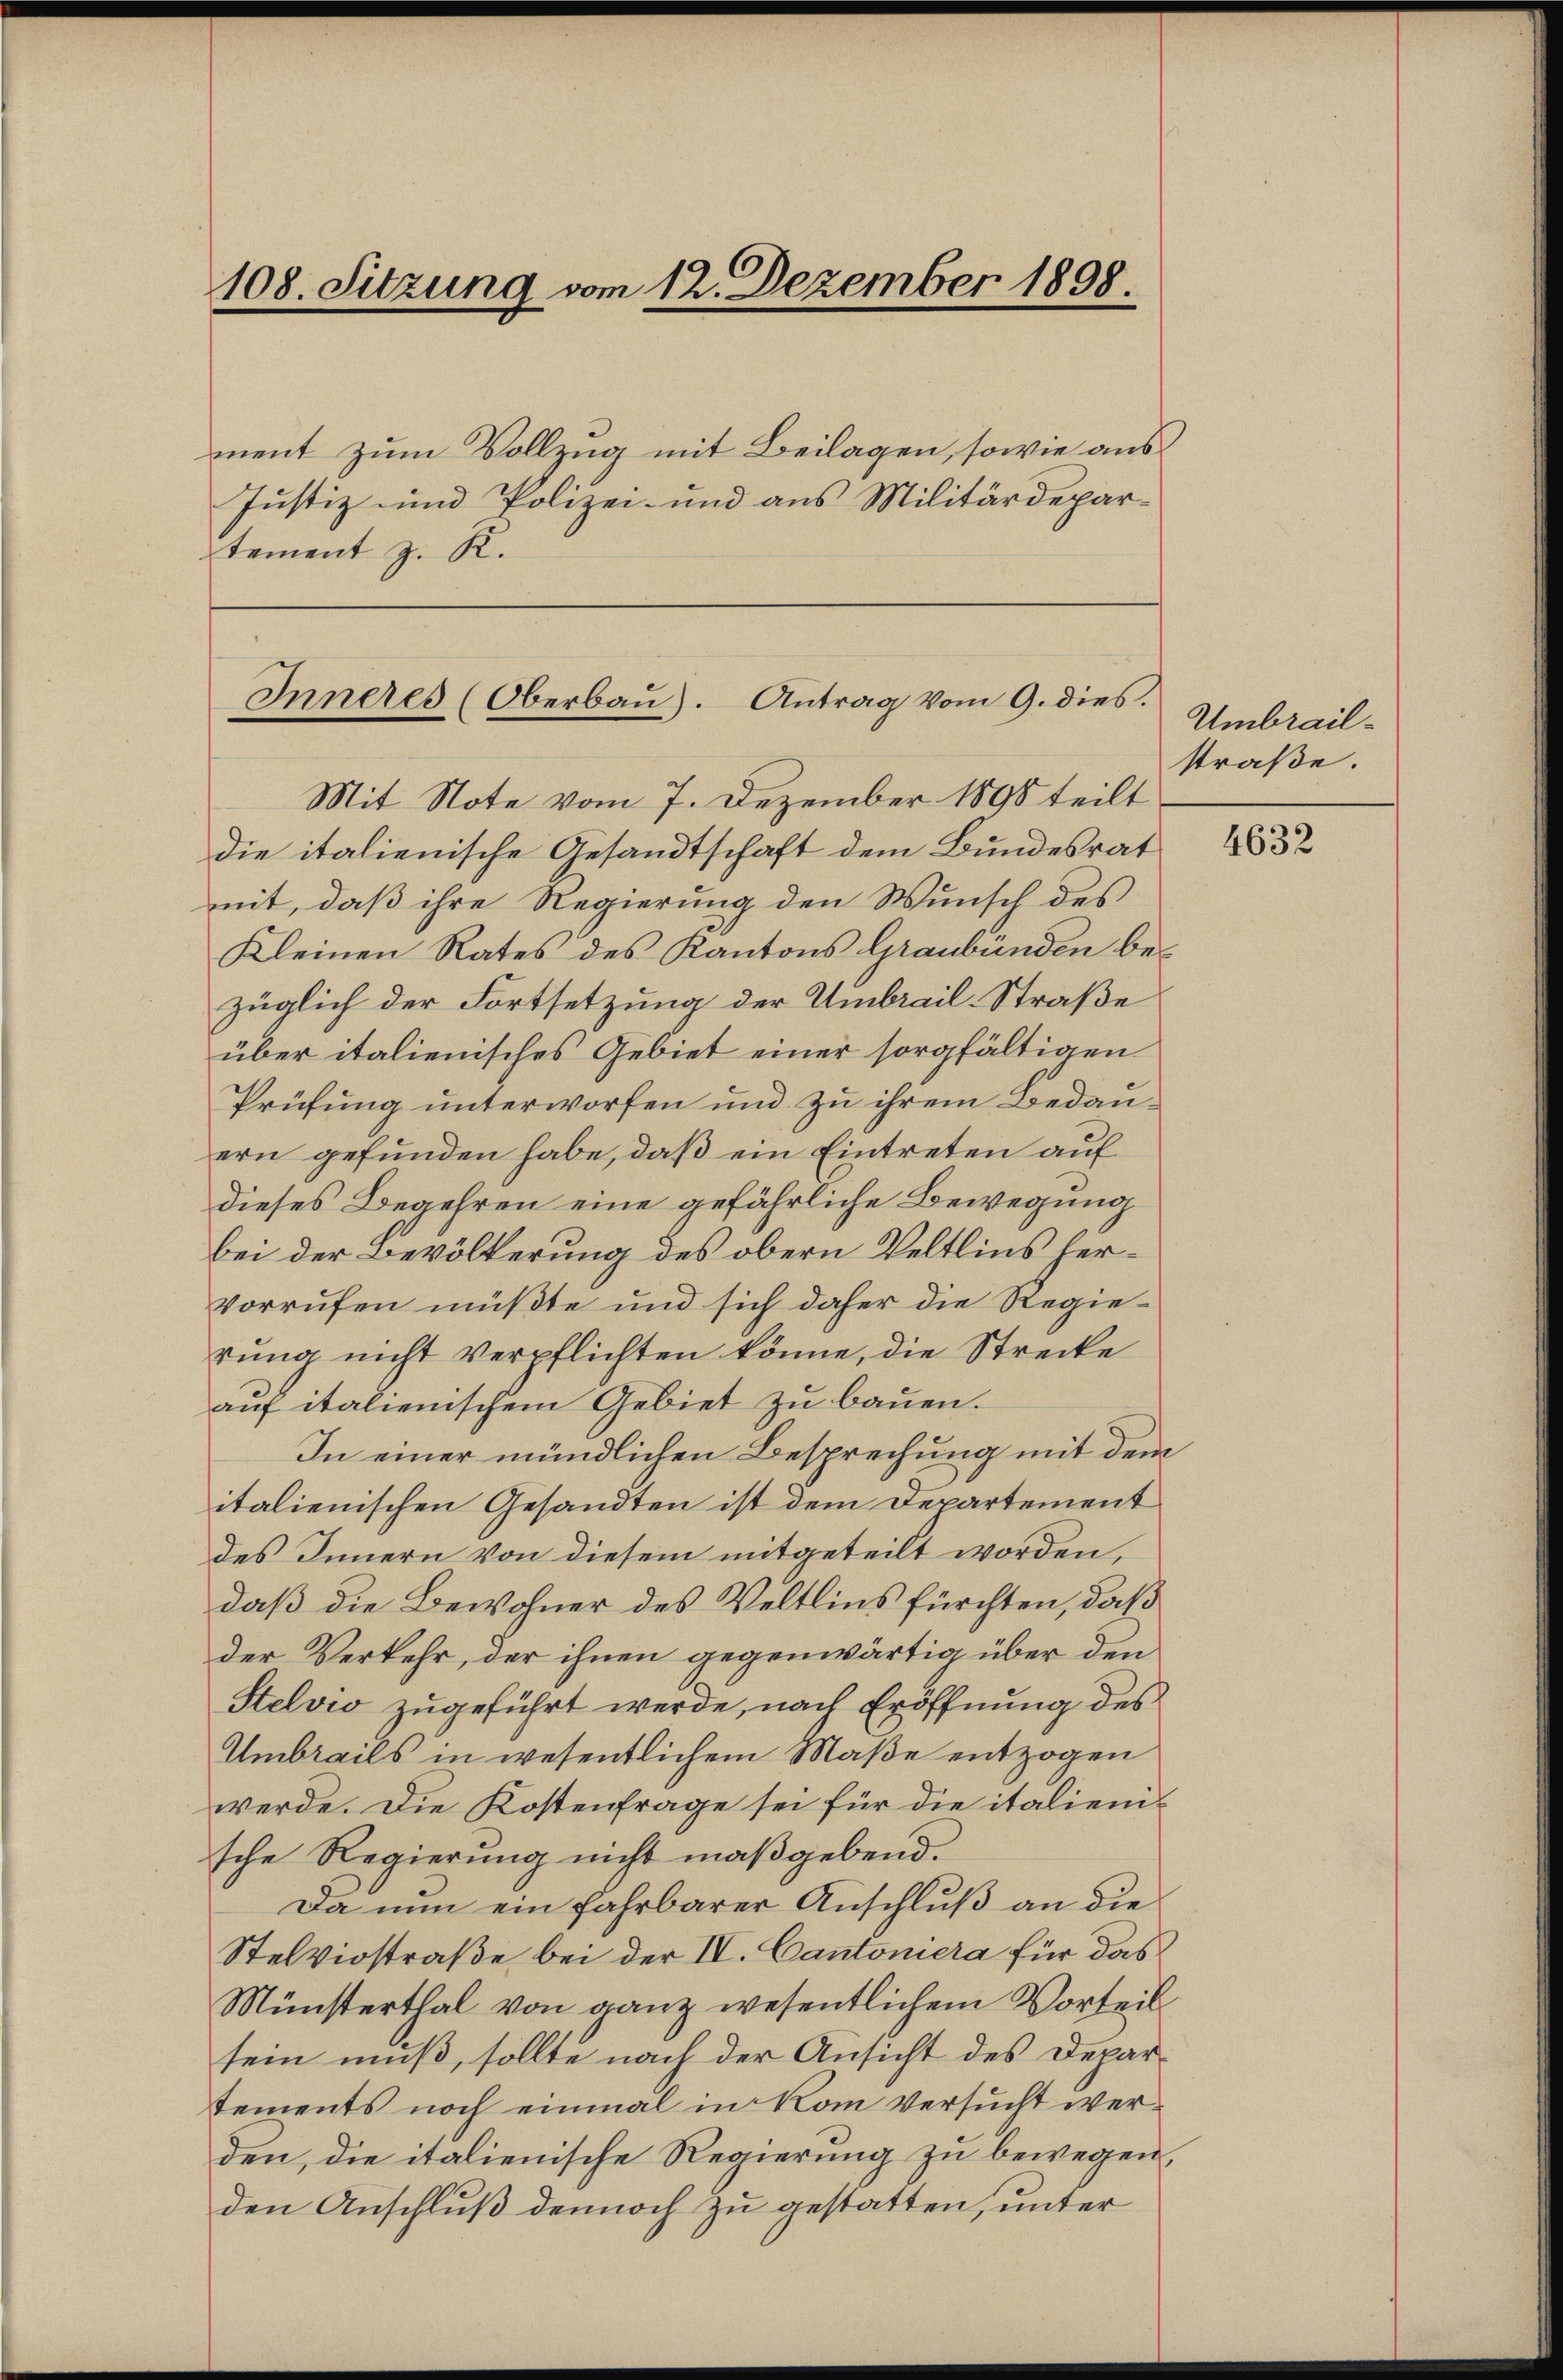
108. Sitzung vom 12. Dezember 1898

ment zum Vollzug mit Beilagen, sowie aus
Justiz und Polizei- und aus Militärdepar-
tement z. K.

Inneres (Oberbaŭ). Antrag vom 9. dies.

Mit Note vom 7. Dezember 1898 teilt
die italienische Gesandtschaft dem Bundesrat
mit, daß ihre Regierung den Wunsch des
Kleinen Rates des Kantons Graubünden bezüglich der Fortsetzung der Umbrail-Straße
über italienisches Gebiet einer sorgfältigen
Prüfung unterworfen und zu ihrem Bedauern gefunden habe, daß ein Eintreten auf
dieses Begehren eine gefährliche Bewegung
bei der Bevölkerung des obern Veltlins hervorrufen müßte und sich daher die Regierung nicht verpflichten könne, die Strecke
aŭf italienischem Gebiet zu bauen.
In einer mündlichen Besprechung mit dem
italienischen Gesandten ist dem Departement
des Innern von diesem mitgeteilt worden,
daß die Bewohner des Veltlins fürchten, daß
der Verkehr, der ihnen gegenwärtig über den
Stelvio zugeführt werde, nach Eröffnung des
Umbrails in wesentlichem Maße entzogen
werde. Die Kostenfrage sei für die italiensche Regierung nicht maßgebend.
Da nun ein fahrbarer Anschluß an die
Stelviostraße bei der IV. Cantoniera für das
Münsterthal von ganz wesentlichem Vorteil
sein muß, sollte nach der Ansicht des Departements noch einmal in kom versucht werden, die italienische Regierung zu bewegen,
den Anschluß dennoch zu gestatten, unter

Umbrailstraße.

4632